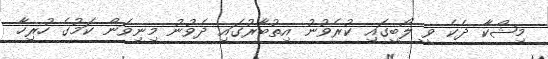
މިޝްކާ ދެކެ ވީ ލޯބީގައި ކުރެވުނު އިތުބާރުގައި ދެވުނު މިނިވަން ކަމުގެ ހުރިހާ